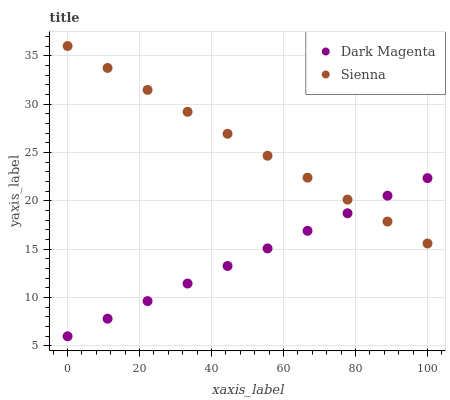
| xaxis_label | Dark Magenta | Sienna |
 | --- | --- | --- |
 | 0 | 6 | 36 |
 | 11.1 | 7.82 | 33.7 |
 | 22.2 | 9.63 | 31.5 |
 | 33.3 | 11.4 | 29.2 |
 | 44.4 | 13.3 | 26.9 |
 | 55.6 | 15.1 | 24.7 |
 | 66.7 | 16.9 | 22.4 |
 | 77.8 | 18.7 | 20.1 |
 | 88.9 | 20.5 | 17.9 |
 | 100 | 22.3 | 15.6 |